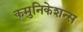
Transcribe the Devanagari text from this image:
कमुनिकेशन्स